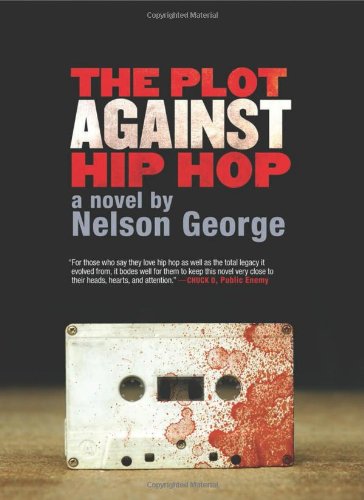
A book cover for The Plot Against Hip Hop: A Novel (A D Hunter Mystery); Nelson George; Mystery, Thriller & Suspense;